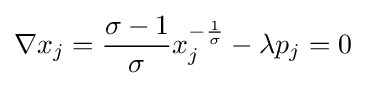
\nabla x_{j}={\frac {\sigma -1}{\sigma }}x_{j}^{-{\frac {1}{\sigma }}}-\lambda p_{j}=0